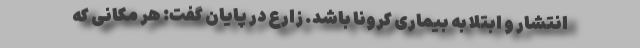
انتشار و ابتلا به بیماری کرونا باشد. زارع در پایان گفت: هر مکانی که